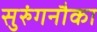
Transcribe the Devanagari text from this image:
सुरुंगनौका